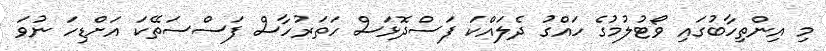
މި އިންތިހާބުގައި ވޯޓުލުމުގެ ހައްގު ދެލައްކަ ފަސްދޮޅަސް ހަތަރުހާސް ފަސްސަތޭކަ އަށްޑިހަ ނުވަ